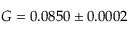
G = 0 . 0 8 5 0 \pm 0 . 0 0 0 2